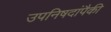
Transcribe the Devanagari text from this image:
उपनिषदांपैकी